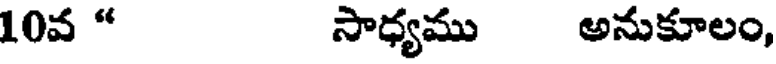
10వ " సాధ్యము అనుకూలం,